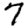
Digit: 7